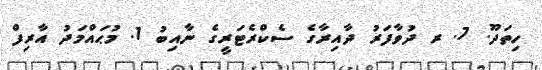
ހިތަދޫ. 7. ރ ދުވާފަރު ދާއިރާގެ ސެކްރެޓަރީގެ ނާއިބު 1. މުޙައްމަދު އާރިފް